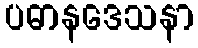
ပဓာနဒေသနာ